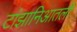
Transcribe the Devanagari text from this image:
टांझानिआतली